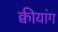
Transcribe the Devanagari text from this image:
क्वीयांग